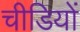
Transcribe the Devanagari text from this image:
चीडियों